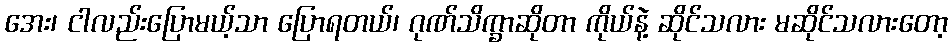
အေး၊ ငါလည်းပြောမယ့်သာ ပြောရတယ်၊ ဂုဏ်သိက္ခာဆိုတာ ကိုယ်နဲ့ ဆိုင်သလား မဆိုင်သလားတော့